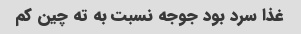
غذا سرد بود جوجه نسبت به ته چین کم